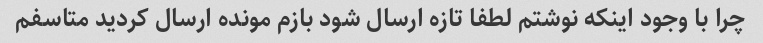
چرا با وجود اینکه نوشتم لطفا تازه ارسال شود بازم مونده ارسال کردید متاسفم